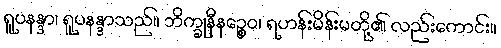
ရူပနန္ဒာ၊ ရူပနန္ဒာသည်။ ဘိက္ခုနီနဉ္စေဝ၊ ရဟန်းမိန်းမတို့၏ လည်းကောင်း။